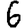
Digit: 6